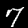
Digit: 7